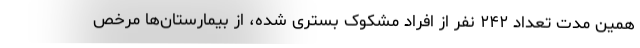
همین مدت تعداد ۲۴۲ نفر از افراد مشکوک بستری شده، از بیمارستان‌ها مرخص